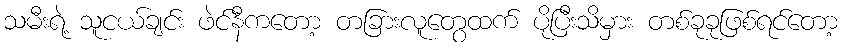
သမီးရဲ့ သူငယ်ချင်း ဖဲင်နီကတော့ တခြားလူတွေထက် ပိုပြီးသိမှား တစ်ခုခုဖြစ်ရင်တော့